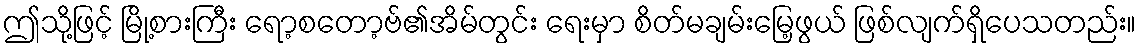
ဤသို့ဖြင့် မြို့စားကြီး ရော့စတော့ဗ်၏အိမ်တွင်း ရေးမှာ စိတ်မချမ်းမြေ့ဖွယ် ဖြစ်လျက်ရှိပေသတည်း။